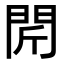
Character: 𨳜